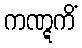
ကဏ္ဋကိံ